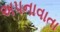
અપનાવાતા